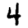
Digit: 4